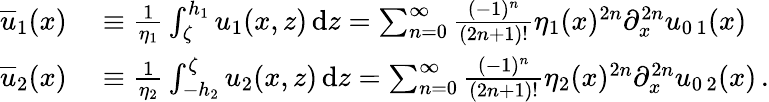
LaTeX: \begin{array}{rl}{{\overline{{u}}}_{1}(x)}&{{}\equiv\frac{1}{\eta_{1}}\int_{\zeta}^{h_{1}}u_{1}(x,z)\, \mathrm{d}z=\sum_{n=0}^{\infty}\frac{(-1)^{n}}{(2n+1)!}\eta_{1}(x)^{2n}\partial_{x}^{2n}u_{0\, 1}(x)\, }\\ {{\overline{{u}}}_{2}(x)}&{{}\equiv\frac{1}{\eta_{2}}\int_{-h_{2}}^{\zeta}u_{2}(x,z)\, \mathrm{d}z=\sum_{n=0}^{\infty}\frac{(-1)^{n}}{(2n+1)!}\eta_{2}(x)^{2n}\partial_{x}^{2n}u_{0\, 2}(x)\, .}\end{array}